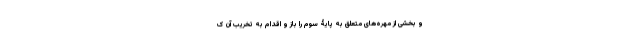
و بخشی از مهره‌های متعلق به پایۀ سوم را باز و اقدام به تخریب آن ک